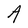
Character: A